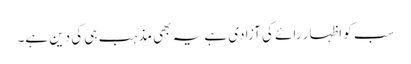
سب کو اظہار رائے کی آزادی ہے یہ بھی مذہب ہی کی دین ہے۔